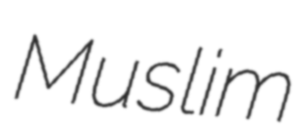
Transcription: Muslim